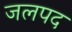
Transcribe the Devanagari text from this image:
जलपद